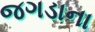
જગડાના